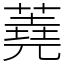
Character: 蕘